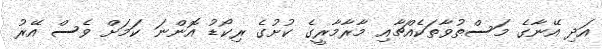
އަދި އޭނާގެ މަސްތުވާތަކެއްޗާއި މާރާމާރީގެ ކުށުގެ ރިކޯޑު އޮންނަ ކަމަށް ވެސް އޭރު